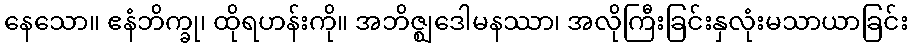
နေသော။ ဧနံဘိက္ခု၊ ထိုရဟန်းကို။ အဘိဇ္ဈဒေါမနဿာ၊ အလိုကြီးခြင်းနှလုံးမသာယာခြင်း